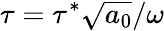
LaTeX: \tau=\tau^{*}\sqrt{a_{0}}/\omega